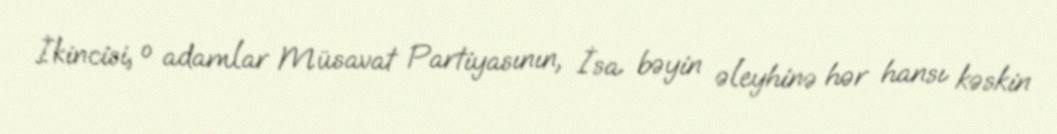
İkincisi, o adamlar Müsavat Partiyasının, İsa bəyin əleyhinə hər hansı kəskin